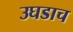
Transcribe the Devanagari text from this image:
उघडाच